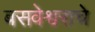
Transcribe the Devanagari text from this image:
बसवेश्वराचे